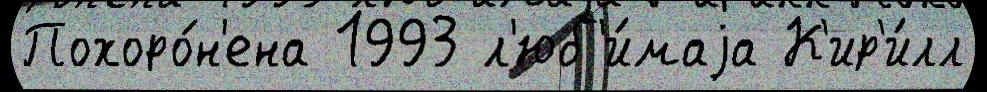
Похоро́н'ена 1993 л'юб'и́маjа К'ир'и́лл